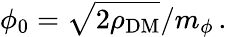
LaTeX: \phi_{0}=\sqrt{2\rho_{\mathrm{DM}}}/m_{\phi}\, .